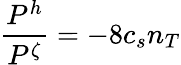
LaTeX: {\frac{P^{h}}{P^{\zeta}}=-8}c_{s}n_{T}